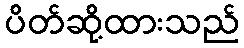
ပိတ်ဆို့ထားသည်